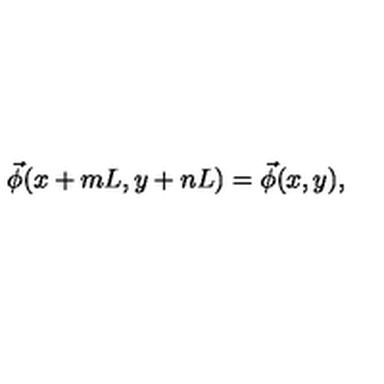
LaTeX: \vec { \phi } ( x + m L , y + n L ) = \vec { \phi } ( x , y ) ,